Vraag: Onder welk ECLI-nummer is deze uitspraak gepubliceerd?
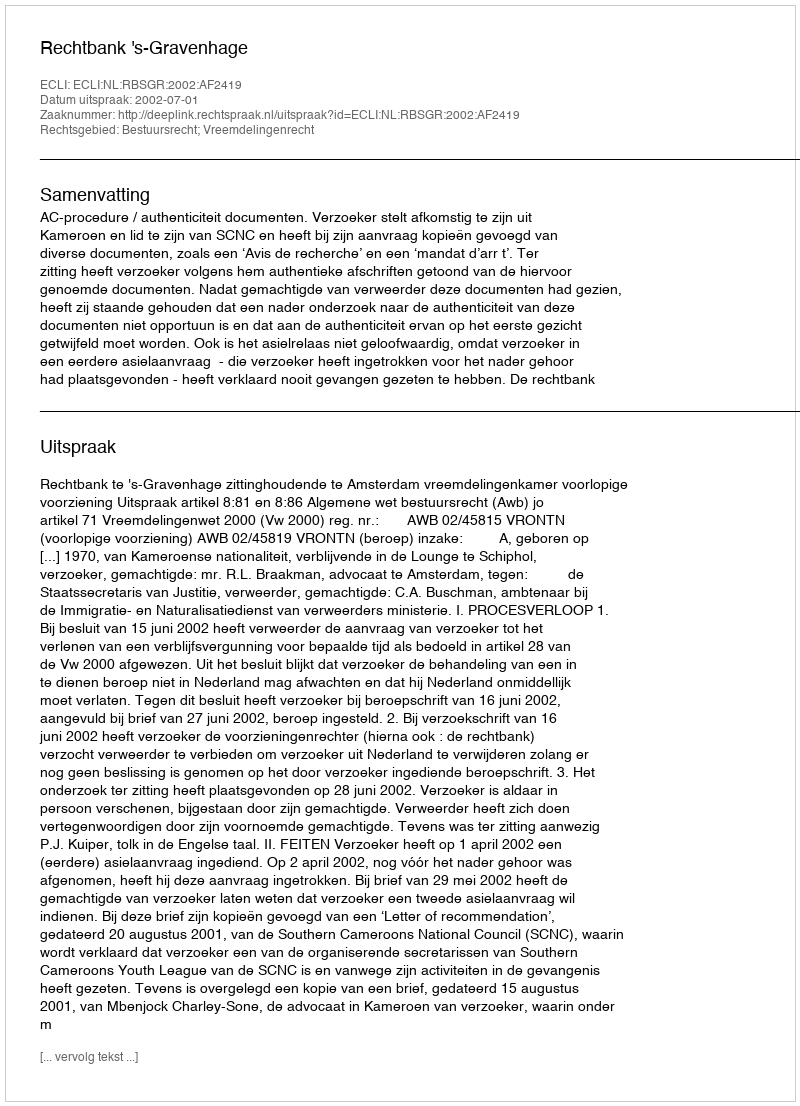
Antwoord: ECLI:NL:RBSGR:2002:AF2419